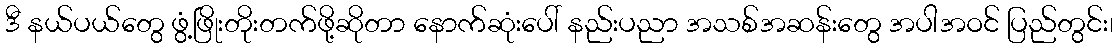
ဒီ နယ်ပယ်တွေ ဖွံ့ဖြိုးတိုးတက်ဖို့ဆိုတာ နောက်ဆုံးပေါ် နည်းပညာ အသစ်အဆန်းတွေ အပါအဝင် ပြည်တွင်း၊